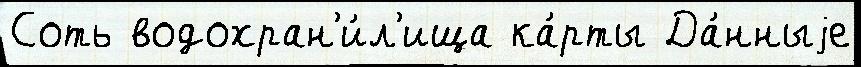
Соть водохран'и́л'ища ка́рты Да́нныjе